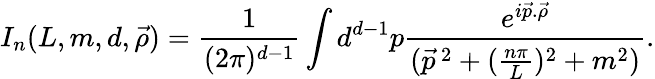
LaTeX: I_{n}(L,m,d,\vec{\rho})=\frac{1}{(2\pi)^{d-1}}\int{}d^{d-1}p\frac{e^{i\vec{p}.\vec{\rho}}}{(\vec{p}^{\, 2}+(\frac{n\pi}{L})^{2}+m^{2})}.